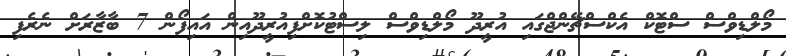
މޯލްޑިވްސް ސްޓޮކް އެކްސްޗޭންޖްގައި އުރީދޫ މޯލްޑިވްސް ލިސްޓުކޮށްފިއުރީދޫއިން އައިފޯން 7 ބާޒާރަށް ނެރެފި